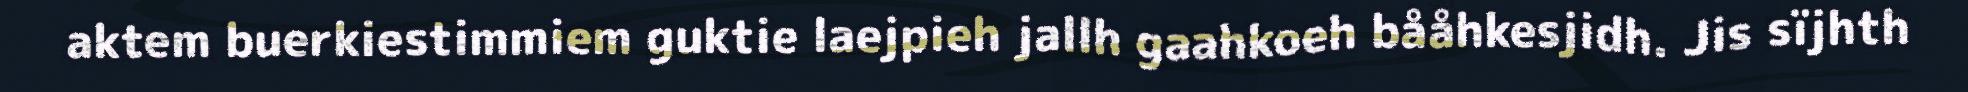
aktem buerkiestimmiem guktie laejpieh jallh gaahkoeh bååhkesjidh. Jis sïjhth